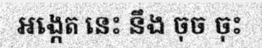
អង្កេត នេះ នឹង ចុច ចុះ